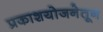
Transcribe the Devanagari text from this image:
प्रकाशयोजनेतून